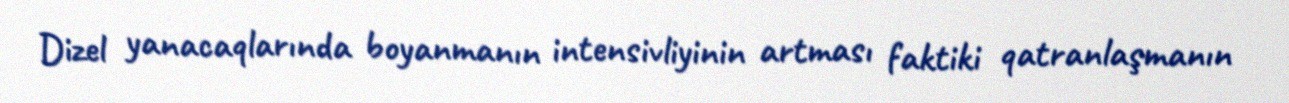
Dizel yanacaqlarında boyanmanın intensivliyinin artması faktiki qatranlaşmanın